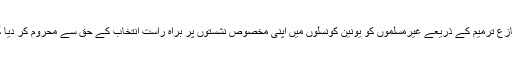
اس متنازع ترمیم کے ذریعے غیرمسلموں کو یونین کونسلوں میں اپنی مخصوص نشستوں پر براہ راست انتخاب کے حق سے محروم کر دیا گیا ہے۔